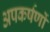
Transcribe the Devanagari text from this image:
अपकर्षणों